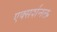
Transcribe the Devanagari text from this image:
एक्सर्शनल